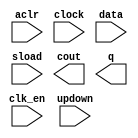
// megafunction wizard: %LPM_COUNTER%VBB%
// GENERATION: STANDARD
// VERSION: WM1.0
// MODULE: lpm_counter 

// ============================================================
// Megafunction Name(s):
// 			lpm_counter
//
// Simulation Library Files(s):
// 			lpm
// ============================================================
// ************************************************************
// THIS IS A WIZARD-GENERATED FILE. DO NOT EDIT THIS FILE!
//
// 9.1 Build 304 01/25/2010 SP 1 SJ Web Edition
// ************************************************************

//Copyright (C) 1991-2010 Altera Corporation
//Your use of Altera Corporation's design tools, logic functions 
//and other software and tools, and its AMPP partner logic 
//functions, and any output files from any of the foregoing 
//(including device programming or simulation files), and any 
//associated documentation or information are expressly subject 
//to the terms and conditions of the Altera Program License 
//Subscription Agreement, Altera MegaCore Function License 
//Agreement, or other applicable license agreement, including, 
//without limitation, that your use is for the sole purpose of 
//programming logic devices manufactured by Altera and sold by 
//Altera or its authorized distributors.  Please refer to the 
//applicable agreement for further details.

module CNT4B (
	aclr,
	clk_en,
	clock,
	data,
	sload,
	updown,
	cout,
	q);

	input	  aclr;
	input	  clk_en;
	input	  clock;
	input	[3:0]  data;
	input	  sload;
	input	  updown;
	output	  cout;
	output	[3:0]  q;

endmodule

// ============================================================
// CNX file retrieval info
// ============================================================
// Retrieval info: PRIVATE: ACLR NUMERIC "1"
// Retrieval info: PRIVATE: ALOAD NUMERIC "0"
// Retrieval info: PRIVATE: ASET NUMERIC "0"
// Retrieval info: PRIVATE: ASET_ALL1 NUMERIC "1"
// Retrieval info: PRIVATE: CLK_EN NUMERIC "1"
// Retrieval info: PRIVATE: CNT_EN NUMERIC "0"
// Retrieval info: PRIVATE: CarryIn NUMERIC "0"
// Retrieval info: PRIVATE: CarryOut NUMERIC "1"
// Retrieval info: PRIVATE: Direction NUMERIC "2"
// Retrieval info: PRIVATE: INTENDED_DEVICE_FAMILY STRING "Cyclone III"
// Retrieval info: PRIVATE: ModulusCounter NUMERIC "1"
// Retrieval info: PRIVATE: ModulusValue NUMERIC "12"
// Retrieval info: PRIVATE: SCLR NUMERIC "0"
// Retrieval info: PRIVATE: SLOAD NUMERIC "1"
// Retrieval info: PRIVATE: SSET NUMERIC "0"
// Retrieval info: PRIVATE: SSET_ALL1 NUMERIC "1"
// Retrieval info: PRIVATE: SYNTH_WRAPPER_GEN_POSTFIX STRING "0"
// Retrieval info: PRIVATE: nBit NUMERIC "4"
// Retrieval info: CONSTANT: LPM_DIRECTION STRING "UNUSED"
// Retrieval info: CONSTANT: LPM_MODULUS NUMERIC "12"
// Retrieval info: CONSTANT: LPM_PORT_UPDOWN STRING "PORT_USED"
// Retrieval info: CONSTANT: LPM_TYPE STRING "LPM_COUNTER"
// Retrieval info: CONSTANT: LPM_WIDTH NUMERIC "4"
// Retrieval info: USED_PORT: aclr 0 0 0 0 INPUT NODEFVAL aclr
// Retrieval info: USED_PORT: clk_en 0 0 0 0 INPUT NODEFVAL clk_en
// Retrieval info: USED_PORT: clock 0 0 0 0 INPUT NODEFVAL clock
// Retrieval info: USED_PORT: cout 0 0 0 0 OUTPUT NODEFVAL cout
// Retrieval info: USED_PORT: data 0 0 4 0 INPUT NODEFVAL data[3..0]
// Retrieval info: USED_PORT: q 0 0 4 0 OUTPUT NODEFVAL q[3..0]
// Retrieval info: USED_PORT: sload 0 0 0 0 INPUT NODEFVAL sload
// Retrieval info: USED_PORT: updown 0 0 0 0 INPUT NODEFVAL updown
// Retrieval info: CONNECT: @clock 0 0 0 0 clock 0 0 0 0
// Retrieval info: CONNECT: q 0 0 4 0 @q 0 0 4 0
// Retrieval info: CONNECT: @updown 0 0 0 0 updown 0 0 0 0
// Retrieval info: CONNECT: @clk_en 0 0 0 0 clk_en 0 0 0 0
// Retrieval info: CONNECT: cout 0 0 0 0 @cout 0 0 0 0
// Retrieval info: CONNECT: @sload 0 0 0 0 sload 0 0 0 0
// Retrieval info: CONNECT: @aclr 0 0 0 0 aclr 0 0 0 0
// Retrieval info: CONNECT: @data 0 0 4 0 data 0 0 4 0
// Retrieval info: LIBRARY: lpm lpm.lpm_components.all
// Retrieval info: GEN_FILE: TYPE_NORMAL CNT4B.v TRUE
// Retrieval info: GEN_FILE: TYPE_NORMAL CNT4B.inc FALSE
// Retrieval info: GEN_FILE: TYPE_NORMAL CNT4B.cmp FALSE
// Retrieval info: GEN_FILE: TYPE_NORMAL CNT4B.bsf TRUE FALSE
// Retrieval info: GEN_FILE: TYPE_NORMAL CNT4B_inst.v FALSE
// Retrieval info: GEN_FILE: TYPE_NORMAL CNT4B_bb.v TRUE
// Retrieval info: GEN_FILE: TYPE_NORMAL CNT4B_waveforms.html TRUE
// Retrieval info: GEN_FILE: TYPE_NORMAL CNT4B_wave*.jpg FALSE
// Retrieval info: LIB_FILE: lpm